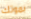
بموتك